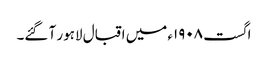
اگست ١٩٠٨ء میں اقبال لاہور آ گئے۔